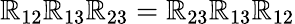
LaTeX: \mathbb{R}_{12}\mathbb{R}_{13}\mathbb{R}_{23}=\mathbb{R}_{23}\mathbb{R}_{13}\mathbb{R}_{12}